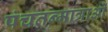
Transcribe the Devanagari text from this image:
पंचतन्मात्राओं